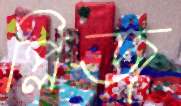
প্লিজ